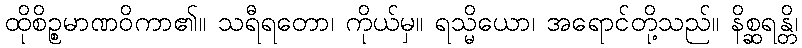
ထိုစိဉ္စမာဏဝိကာ၏။ သရီရတော၊ ကိုယ်မှ။ ရသ္မိယော၊ အရောင်တို့သည်။ နိစ္ဆရန္တိ၊